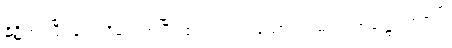
နိဋ္ဌိတံ၊ ပြီးခြင်းသို့ရောက်ပြီ။ ဧကံ၊ တပါးသော။ သမယံ၊ အခါ၌။ ဘဂဝါ၊